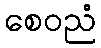
စေဝညံ